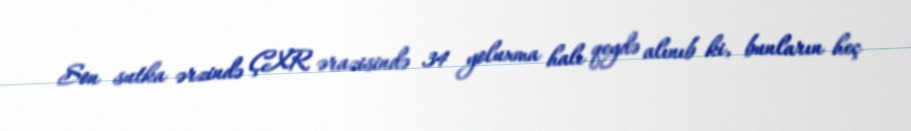
Son sutka ərzində ÇXR ərazisində 34 yoluxma halı qeydə alınıb ki, bunların heç